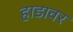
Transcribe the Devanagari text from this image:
हाडावर